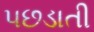
પછડાતી